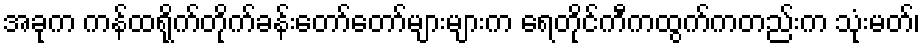
အခုက ကန်ထရိုက်တိုက်ခန်းတော်တော်များများက ရေတိုင်ကီကထွက်ကတည်းက သုံးမတ်၊